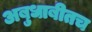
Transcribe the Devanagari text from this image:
अबुधाबीतच